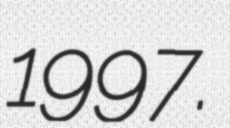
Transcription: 1997.